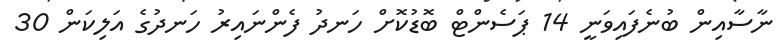
ނާސާއިން ބުނެފައިވަނީ 14 ޕަސެންޓް ބޮޑުކޮށް ހަނދު ފެންނައިރު ހަނދުގެ އަލިކަން 30